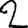
Digit: 2